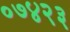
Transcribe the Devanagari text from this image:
०७४२३